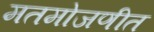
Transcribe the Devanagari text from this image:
मतमोजणीत